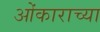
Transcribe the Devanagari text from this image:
ओंकाराच्या